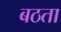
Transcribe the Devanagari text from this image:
बठता